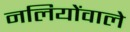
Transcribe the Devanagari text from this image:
नलियोंवाले